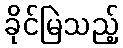
ခိုင်မြဲသည့်